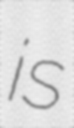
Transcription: is